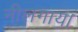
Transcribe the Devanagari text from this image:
नीलगाय।